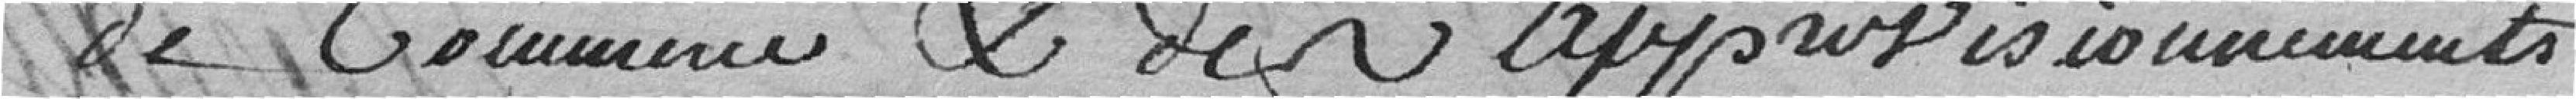
de commerce et des approvisionnements